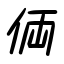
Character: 倆